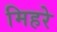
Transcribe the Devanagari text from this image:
मिहरे